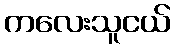
ကလေးသူငယ်